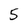
Character: 5